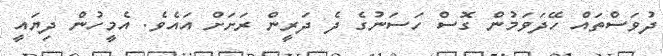
ދުވަސްތައް ހޭދަވަމުން ގޮސް ހަސަނުގެ ދެ ދަރީން ރަށަށް އައެވެ. އެމީހުން ދިޔައީ